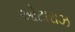
ઓટારાઝ